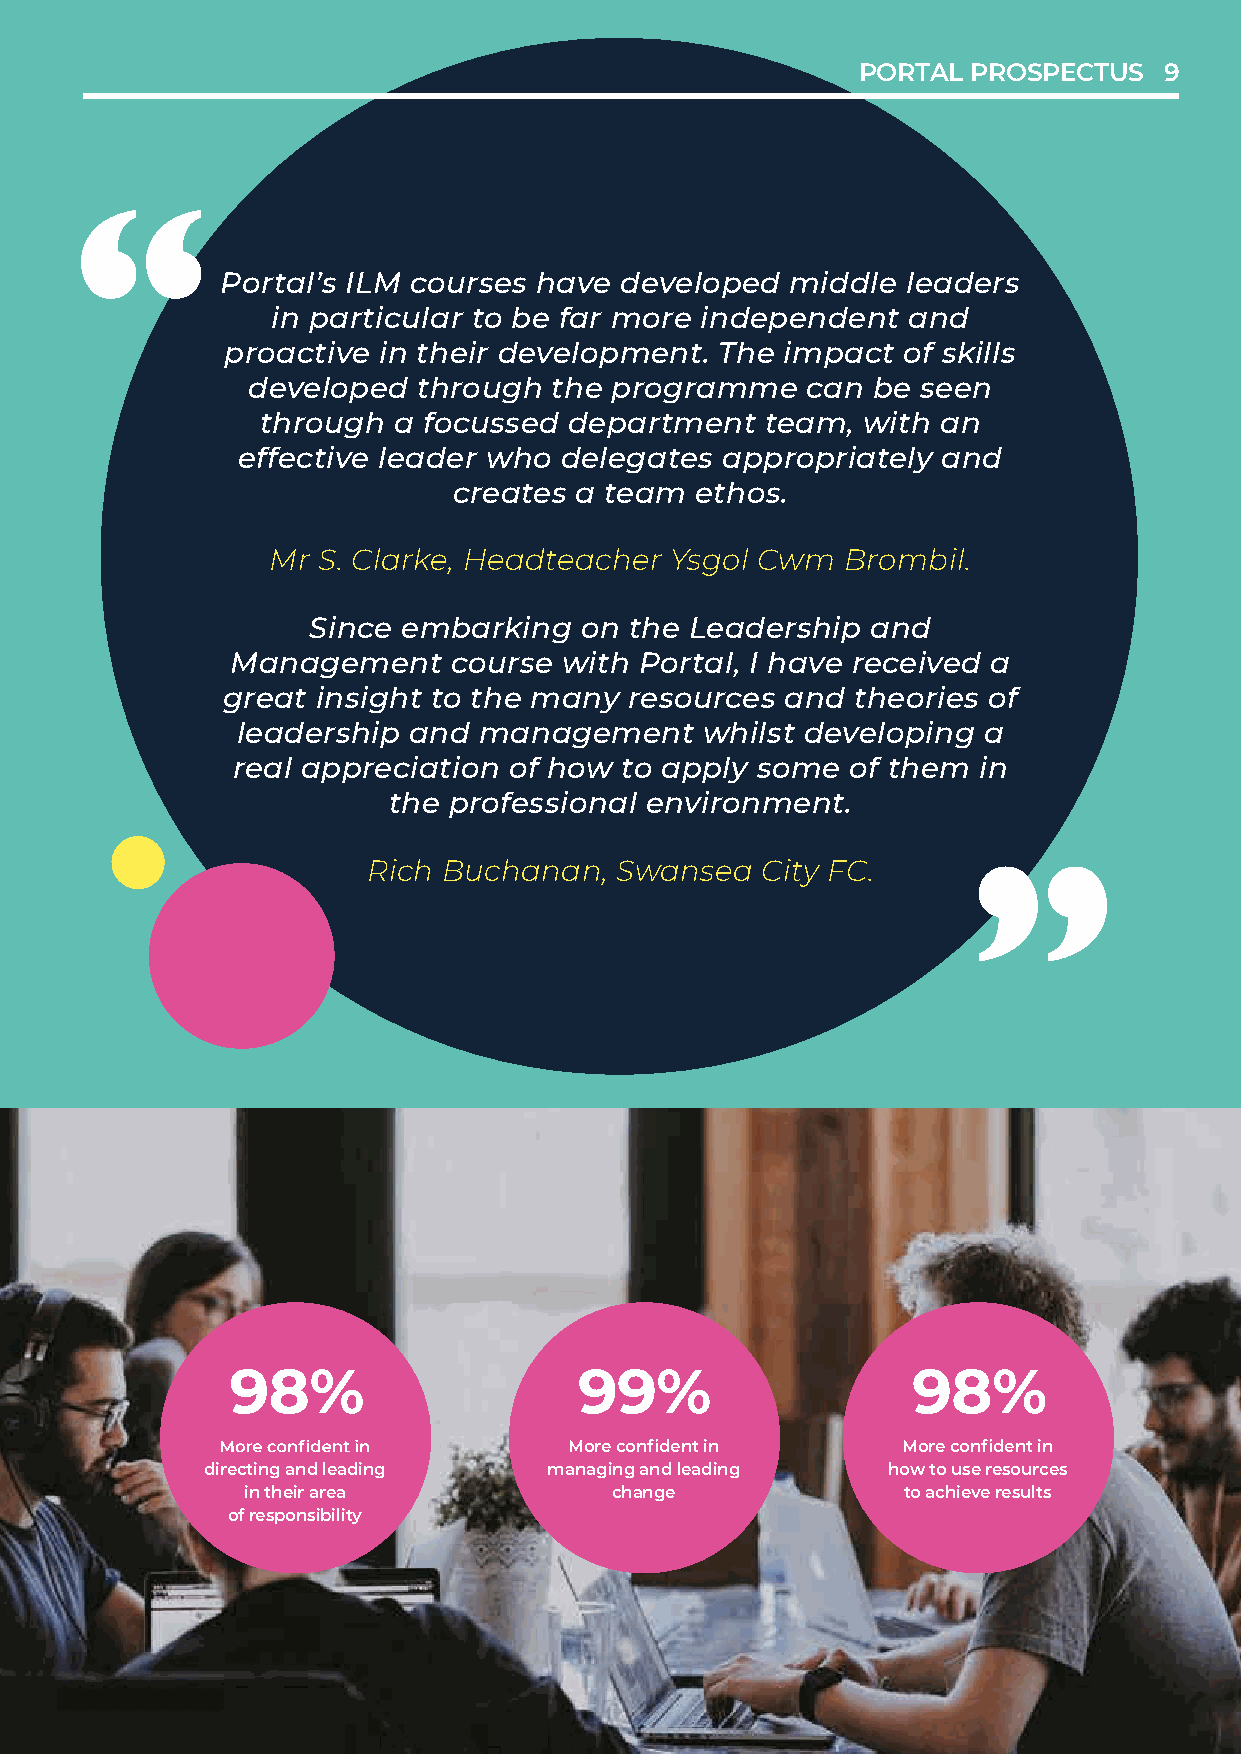
PORTALP PORROTSAPLE PCRTOUSSPE9CTUS 9
 Portal’Ps oILrtMa lc’so IuLrMse cso huarvsees d heavevelo dpeevde mlopideddle m leidaddleer lse aders
 in partiinc uplaarrt ticou blaer f ator bmeo fraer i nmdoerpee innddeenpte nadnedn t and
 proactpivreo ainc ttihveei rin d tehveeilro dpemveenlotp. mTheen itm. Tphaec tim ofp sakcitll so f skills
 develodpeevde tlohproeudg thh rtohueg phr othgera pmromgera cmanm bee c saene bn e seen
 througthh rao fuogchu sas efodc duesspeadr tdmeepnatr ttmeaemnt, wteiathm a, nw ith an
 effectiveeff elecatidveer l weahdoe dr ewlehgoa dteelse agpapteros parpiaptreolpy raiantde ly and
 createsc rae ateteasm a e ttehaoms. ethos.
 Mr  S. CMlarr kSe. ,C Hlaerakdet, eHaecahdetre Yascghoelr C Ywsgmo lB Crwommb Bil.rombil.
 Since eSminbcaer ekminbga ornk itnhge o Lne athdee rLsehaipd earnshd ip and
 ManagMeamneangte cmouernste c wouitrhs eP owrittahl ,P I ohratavle, Ir ehcaeviev erdec ae ived a
 great ignrseigaht ti ntosi gthhet tmo athney rmesaonuyr creesso aunrcde tsh aenodri etsh eoof ries of
 leaderlsehaipd earnshdi pm aannda gmeamneangte wmheilnstt wdehvileslto dpeinvge lao ping a
 real aprperael caiaptpiorenc ioaft hioonw o tfo h aopwp tlyo saopmpley osfo tmheem of itnh em in
 the prothfees spiroonfaesl seinovniarol nemnveirnotn. ment.
 Rich BuRcichha Bnaunch, Sawnaann,s eSaw aCnitsye FaC C. ity FC.
 98%98%                 99%99%                98%98%
 More confidMenotr ein c onfident in More confidMenotr ein c onfident in
 directing anddi rleecatdiningg a nd leading managing amnda nleaagdiningg a nd leading how to use rheoswou troc euss e resources
 in their areai n their area change change  to achieve retos ualctshieve results
 of responsiboilfi tryesponsibility